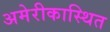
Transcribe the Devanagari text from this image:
अमेरीकास्थित